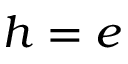
h = e